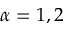
\alpha = 1 , 2